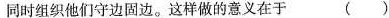
同时组织他们守边固边。这样做的意义在于 ( )